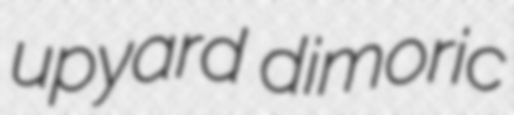
upyard dimoric